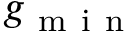
g _ { \mathrm { ~ m ~ i ~ n ~ } }